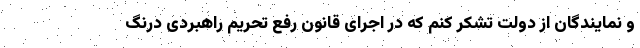
و نمایندگان از دولت تشکر کنم که در اجرای قانون رفع تحریم راهبردی درنگ